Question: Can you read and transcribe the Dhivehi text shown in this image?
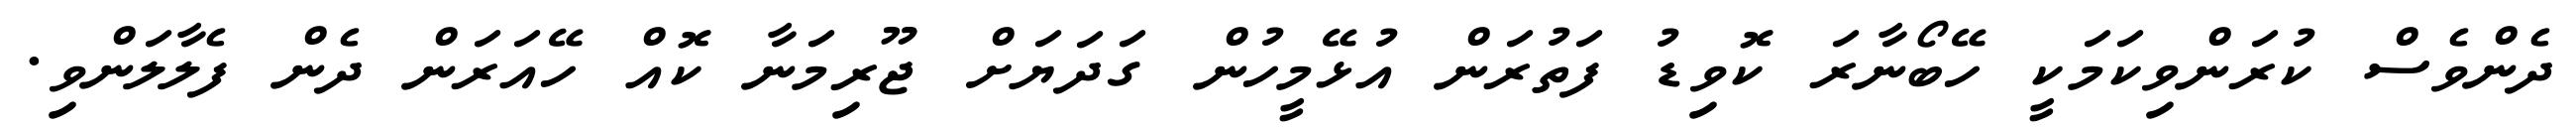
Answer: ދެންވެސް ކުރަންވިކަމަކީ ހޭބޯނާރަ ކޮވިޑު ފަތުރަން އުޅޭމީހުން ގަދަޔަށް ޖޫރިމަނާ ކޮއް ހޭއަރަން ދެން ފެލާލަންވި.